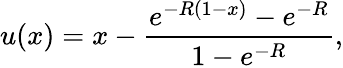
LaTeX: u(x)=x-\frac{e^{-R(1-x)}-e^{-R}}{1-e^{-R}},